Indian journal of veterinary science and animal husbandry - Volume 12,
Year: 1942
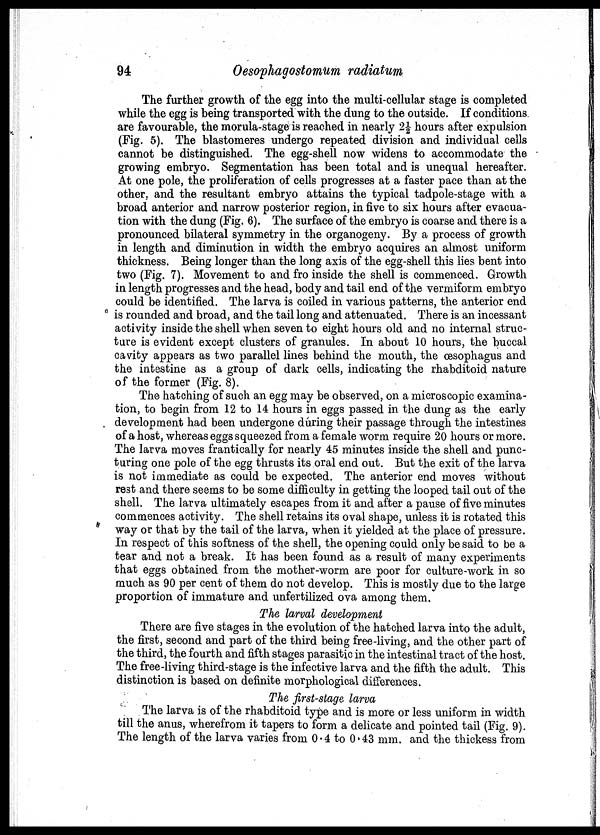
94
Oesophagostomum radiatum
The further growth of the egg into the multi-cellular stage is completed
while the egg is being transported with the dung to the outside. If conditions
are favourable, the morula-stage is reached in nearly 2½ hours after expulsion
(Fig. 5). The blastomeres undergo repeated division and individual cells
cannot be distinguished. The egg-shell now widens to accommodate the
growing embryo. Segmentation has been total and is unequal hereafter.
At one pole, the proliferation of cells progresses at a faster pace than at the
other, and the resultant embryo attains the typical tadpole-stage with a
broad anterior and narrow posterior region, in five to six hours after evacua-
tion with the dung (Fig. 6). The surface of the embryo is coarse and there is a
pronounced bilateral symmetry in the organogeny. By a process of growth
in length and diminution in width the embryo acquires an almost uniform
thickness. Being longer than the long axis of the egg-shell this lies bent into
two (Fig. 7). Movement to and fro inside the shell is commenced. Growth
in length progresses and the head, body and tail end of the vermiform embryo
could be identified. The larva is coiled in various patterns, the anterior end
is rounded and broad, and the tail long and attenuated. There is an incessant
activity inside the shell when seven to eight hours old and no internal struc-
ture is evident except clusters of granules. In about 10 hours, the buccal
cavity appears as two parallel lines behind the mouth, the œsophagus and
the intestine as a group of dark cells, indicating the rhabditoid nature
of the former (Fig. 8).
The hatching of such an egg may be observed, on a microscopic examina-
tion, to begin from 12 to 14 hours in eggs passed in the dung as the early
development had been undergone during their passage through the intestines
of a host, whereas eggs squeezed from a female worm require 20 hours or more.
The larva moves frantically for nearly 45 minutes inside the shell and punc-
turing one pole of the egg thrusts its oral end out. But the exit of the larva
is not immediate as could be expected. The anterior end moves without
rest and there seems to be some difficulty in getting the looped tail out of the
shell. The larva ultimately escapes from it and after a pause of five minutes
commences activity. The shell retains its oval shape, unless it is rotated this
way or that by the tail of the larva, when it yielded at the place of pressure.
In respect of this softness of the shell, the opening could only be said to be a
tear and not a break. It has been found as a result of many experiments
that eggs obtained from the mother-worm are poor for culture-work in so
much as 90 per cent of them do not develop. This is mostly due to the large
proportion of immature and unfertilized ova among them.
The larval development
There are five stages in the evolution of the hatched larva into the adult,
the first, second and part of the third being free-living, and the other part of
the third, the fourth and fifth stages parasitic in the intestinal tract of the host.
The free-living third-stage is the infective larva and the fifth the adult. This
distinction is based on definite morphological differences.
The first-stage larva
The larva is of the rhabditoid type and is more or less uniform in width
till the anus, wherefrom it tapers to form a delicate and pointed tail (Fig. 9).
The length of the larva varies from 0.4 to 0.43 mm. and the thickess from